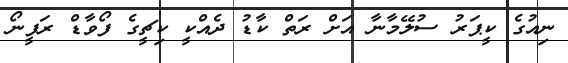
ނިއުގެ ކީޕަރު ސުލޭމާނާ އަށް ރަތް ކާޑު ދެއްކީ ކިޗީގެ ފޯވާޑް ރަފީނޯ